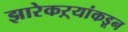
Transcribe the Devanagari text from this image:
झारेकऱ्यांकडून